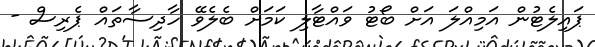
ޕައިލެޓުން އަމިއްލަ އަށް ބޯޓު ވައްޓާލި ކަމަށް ބެލެވޭ ހާދިސާތައް ޕެރިސް -